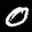
Label: 0